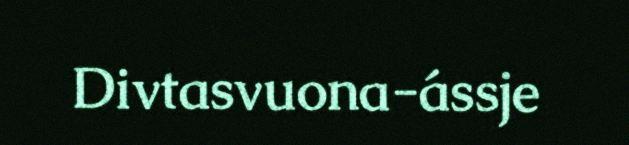
Divtasvuona-ássje